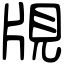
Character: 覑